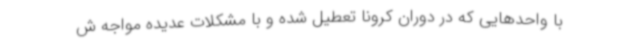
با واحدهایی که در دوران کرونا تعطیل شده و با مشکلات عدیده مواجه ش